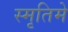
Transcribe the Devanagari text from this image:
स्मृतिमे